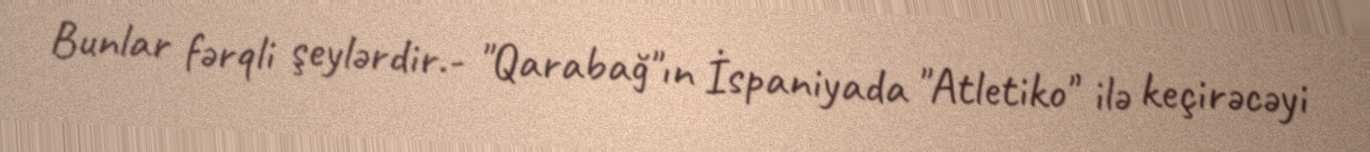
Bunlar fərqli şeylərdir.- "Qarabağ"ın İspaniyada "Atletiko" ilə keçirəcəyi